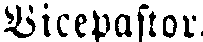
Vicepastor.